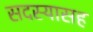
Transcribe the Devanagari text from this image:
सदस्यासह